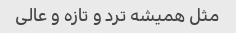
مثل همیشه ترد و تازه و عالی